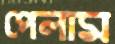
পেলাম